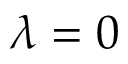
\lambda = 0